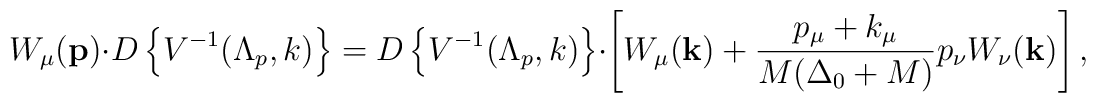
W_\mu({\bf p})\cdot D\left \{ V^{-1}(\Lambda_{p}, k)\right \}= D\left \{ V^{-1}(\Lambda_{p}, k)\right \}\cdot\left [ W_\mu({\bf k})+\frac{p_\mu+k_\mu}{M(\Delta_0+M)}p_\nu W_\nu ({\bf k})\right ],